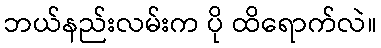
ဘယ်နည်းလမ်းက ပို ထိရောက်လဲ။